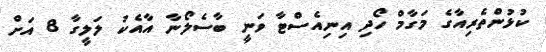
ކުޅުންތެރިއާގެ މަގާމް ހޯދި އިނިއެސްޓާ ވަނީ ބާސެލޯނާ އާއެކު ލަލީގާ 8 އަށް